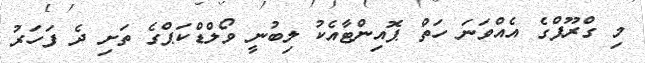
މި ގްރޫޕްގެ އެއްވަނަ ހަތް ޕޮއިންޓާއެކު ލިބުނީ ވޯލްޑްކަޕްގެ ތަށި ދެ ފަހަރު